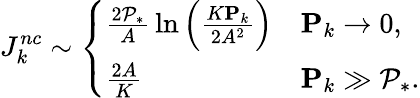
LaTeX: J_{k}^{nc}\sim\left\{ \begin{array}{ll}{{\frac{2\mathcal{P}_{*}}{A}}\ln\left({\frac{K\mathbf{P}_{k}}{2A^{2}}}\right)}&{\mathbf{P}_{k}\to 0,}\\ {{\frac{2A}{K}}}&{\mathbf{P}_{k}\gg\mathcal{P}_{*}.}\end{array}\right.